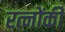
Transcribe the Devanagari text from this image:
रत्नोंकी